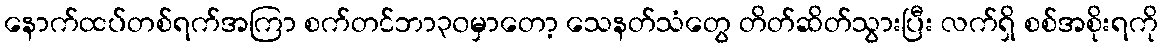
နောက်ထပ်တစ်ရက်အကြာ စက်တင်ဘာ၃၀မှာတော့ သေနတ်သံတွေ တိတ်ဆိတ်သွားပြီး လက်ရှိ စစ်အစိုးရကို